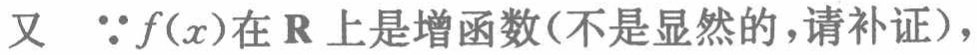
又 \(\because f(x)\)在\(\mathbf{R}\)上是增函数(不是显然的，请补证)，